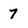
Character: 7